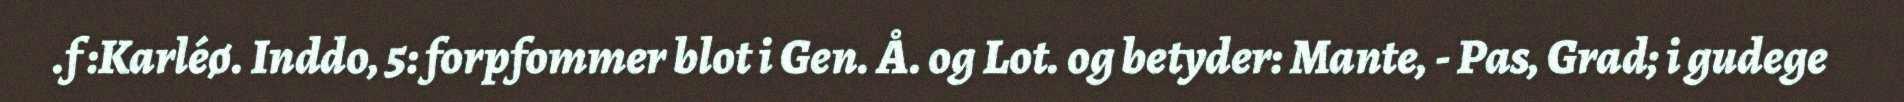
.f :Karléø. Inddo, 5: forpfommer blot i Gen. Å. og Lot. og betyder: Mante, - Pas, Grad; i gudege